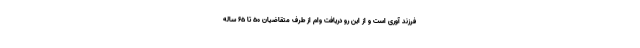
فرزند آوری است و از این رو دریافت وام از طرف متقاضیان ۵۰ تا ۶۵ ساله